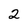
Character: 2